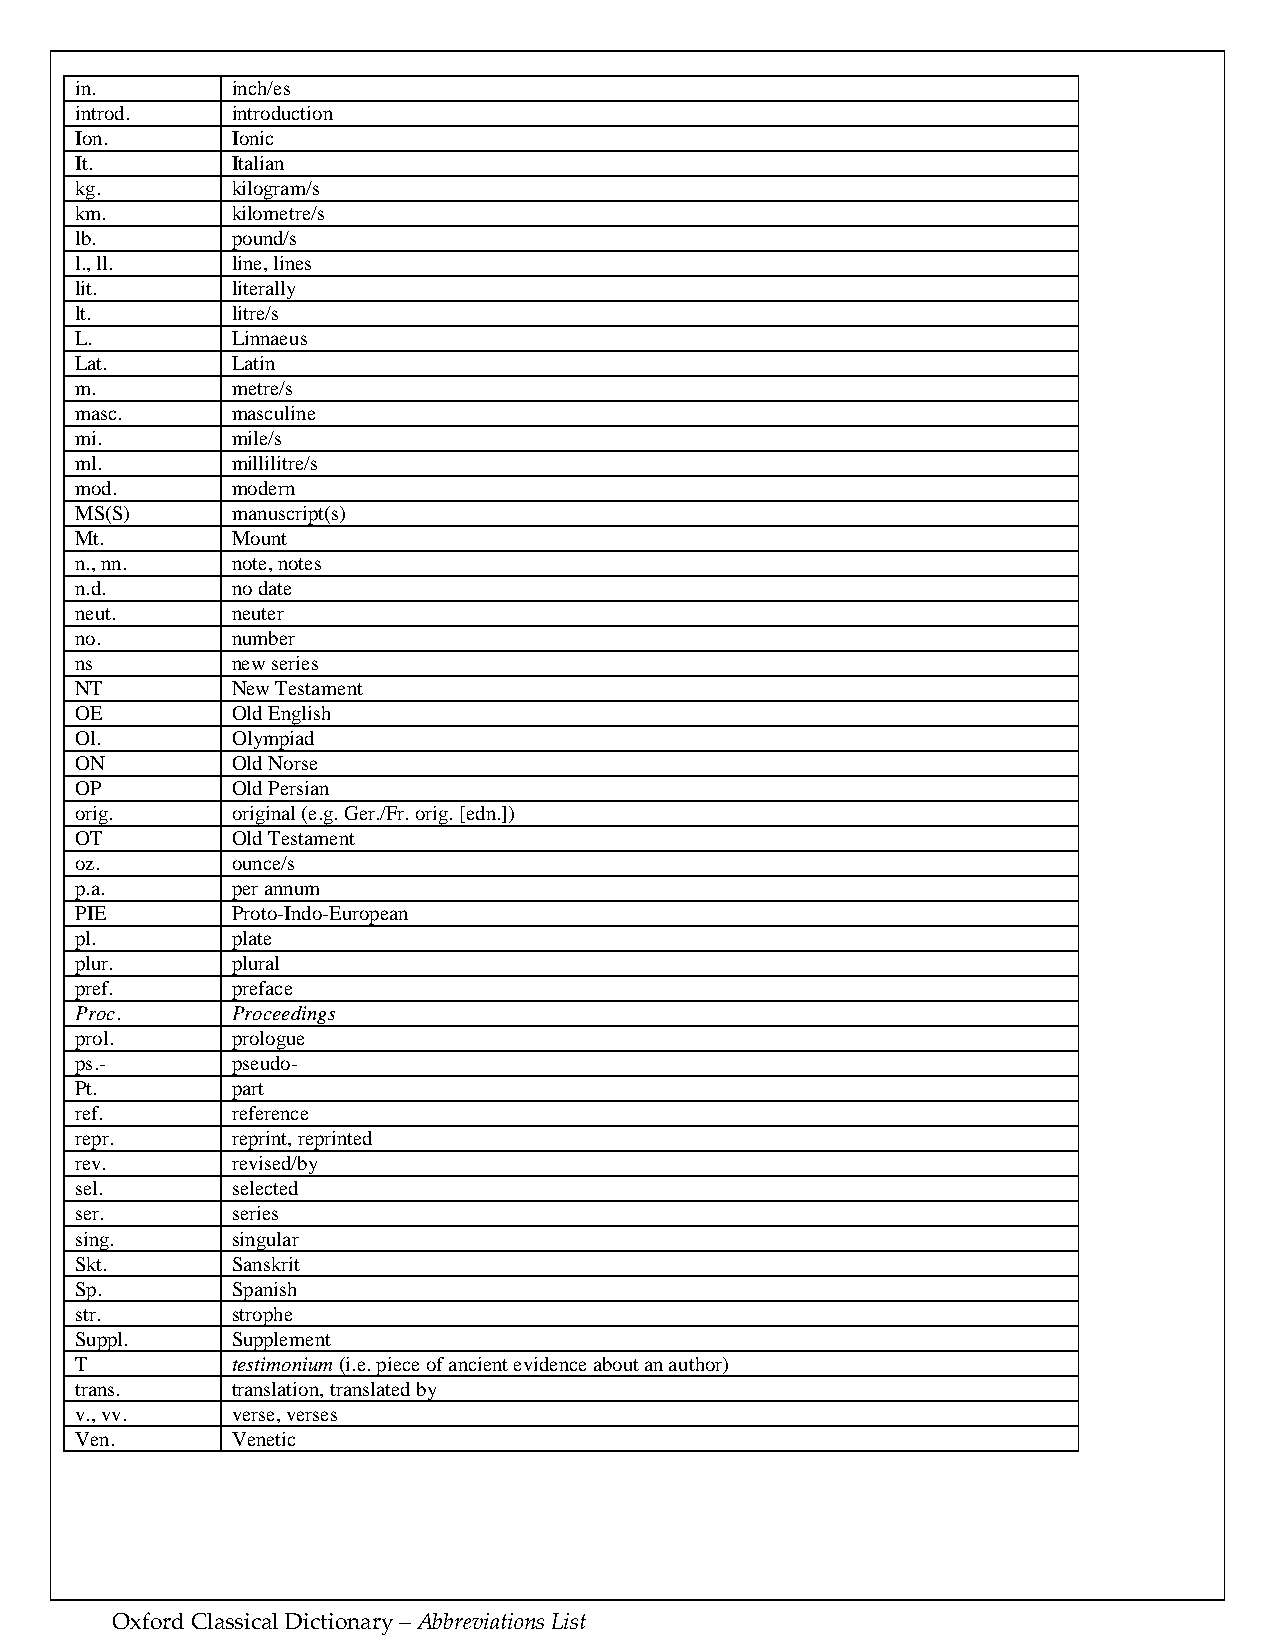
in.       inch/es
 introd.   introduction
 Ion.      Ionic
 It.       Italian
 kg.       kilogram/s
 km.       kilometre/s
 lb.       pound/s
 l., ll.   line, lines
 lit.      literally
 lt.       litre/s
 L.        Linnaeus
 Lat.      Latin
 m.        metre/s
 masc.     masculine
 mi.       mile/s
 ml.       millilitre/s
 mod.      modern
 MS(S)     manuscript(s)
 Mt.       Mount
 n., nn.   note, notes
 n.d.      no date
 neut.     neuter
 no.       number
 ns        new series
 NT        New Testament
 OE        Old English
 Ol.       Olympiad
 ON        Old Norse
 OP        Old Persian
 orig.     original (e.g. Ger./Fr. orig. [edn.])
 OT        Old Testament
 oz.       ounce/s
 p.a.      per annum
 PIE       Proto-Indo-European
 pl.       plate
 plur.     plural
 pref.     preface
 Proc.     Proceedings
 prol.     prologue
 ps.-      pseudo-
 Pt.       part
 ref.      reference
 repr.     reprint, reprinted
 rev.      revised/by
 sel.      selected
 ser.      series
 sing.     singular
 Skt.      Sanskrit
 Sp.       Spanish
 str.      strophe
 Suppl.    Supplement
 T         testimonium (i.e. piece of ancient evidence about an author)
 trans.    translation, translated by
 v., vv.   verse, verses
 Ven.      Venetic
 Oxford Classical Dictionary – Abbreviations List